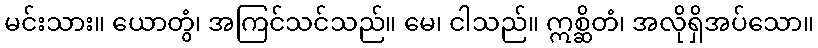
မင်းသား။ ယောတွံ၊ အကြင်သင်သည်။ မေ၊ ငါသည်။ ဣစ္ဆိတံ၊ အလိုရှိအပ်သော။